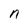
Character: n